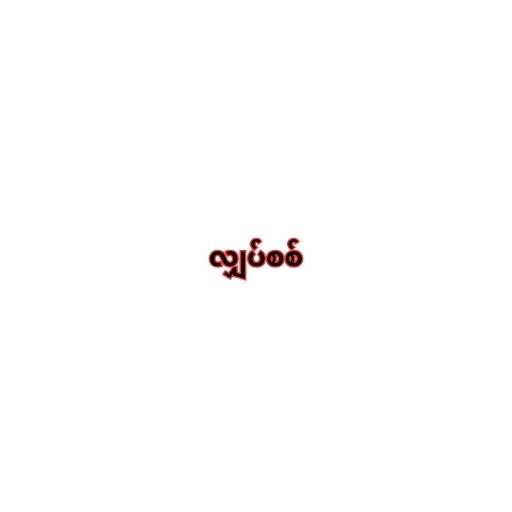
လျှပ်စစ်